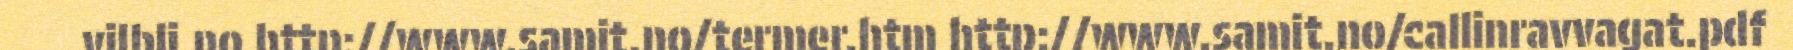
vilbli.no http://www.samit.no/termer.htm http://www.samit.no/callinravvagat.pdf